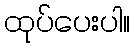
ထုပ်ပေးပါ။